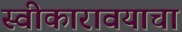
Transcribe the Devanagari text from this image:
स्वीकारावयाचा